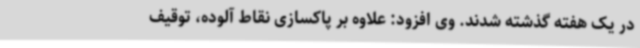
در یک هفته گذشته شدند. وی افزود: علاوه بر پاکسازی نقاط آلوده، توقیف